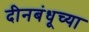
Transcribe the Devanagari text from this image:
दीनबंधूच्या